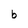
Character: b